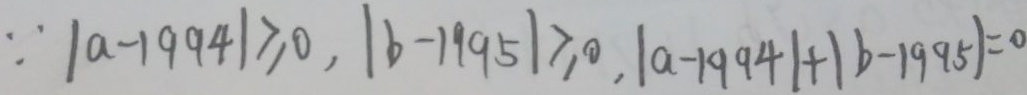
\because \vert a - 1 9 9 4 \vert \geqslant 0 , \vert b - 1 9 9 5 \vert \geqslant 0 , \vert a - 1 9 9 4 \vert + \vert b - 1 9 9 5 \vert = 0